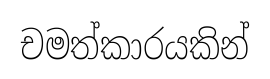
චමත්කාරයකින්